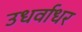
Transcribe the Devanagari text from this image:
उधर्वाधर